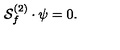
{ \cal S } _ { f } ^ { ( 2 ) } \cdot \psi = 0 .